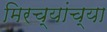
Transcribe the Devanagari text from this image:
मिरच्यांच्या